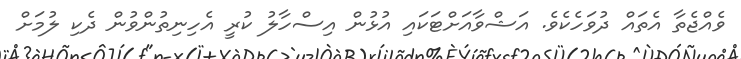
ވެއްޖެތާ އެތައް ދުވަހެކެވެ. އަޝްވާއަށްޓަކައި އުޅުން އިސްހާލު ކުރީ އެހިނިތުންވުން ދެކި ލުމަށް